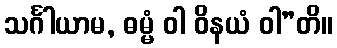
သင်္ဂါယာမ, ဓမ္မံ ဝါ ဝိနယံ ဝါ”တိ။